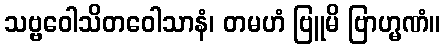
သဗ္ဗဝေါသိတဝေါသာနံ၊ တမဟံ ဗြူမိ ဗြာဟ္မဏံ။